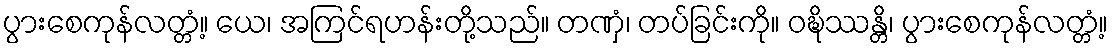
ပွားစေကုန်လတ္တံ့။ ယေ၊ အကြင်ရဟန်းတို့သည်။ တဏှံ၊ တပ်ခြင်းကို။ ဝဍ္ဎိဿန္တိ၊ ပွားစေကုန်လတ္တံ့။